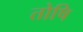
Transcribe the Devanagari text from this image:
तोषि